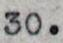
30.